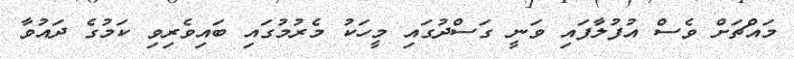
މައްޗަށް ވެސް އުފުލާފައި ވަނީ ގަސްދުގައި މީހަކު މެރުމުގައި ބައިވެރިވި ކަމުގެ ދައުވާ